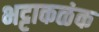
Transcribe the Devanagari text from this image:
भट्टाकळंक